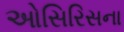
ઓસિરિસના